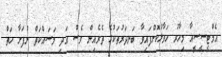
އެމްޓީސީސީއާ މިހާރު ހަވާލުކޮށްފައިވާ ބަނދަރުތަކުގެ ތެރެއިން ވެސް އަދި މަސައްކަތް ނުފަށާ ހަތް